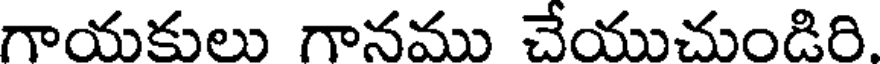
గాయకులు గానము చేయుచుండిరి